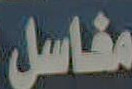
مغاسل